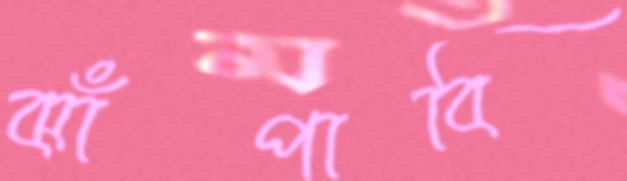
ঝাঁপাবি